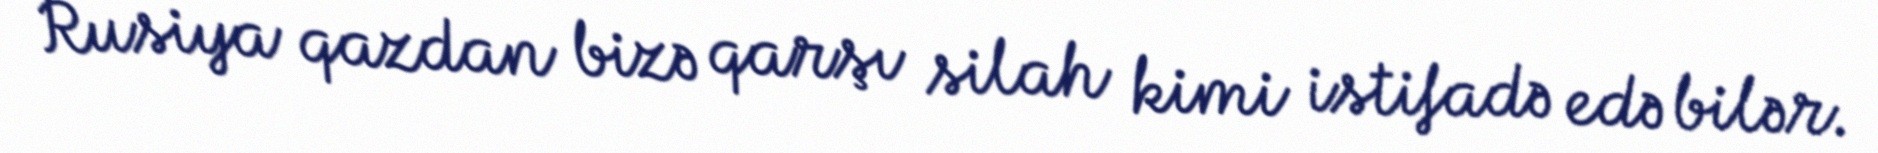
Rusiya qazdan bizə qarşı silah kimi istifadə edə bilər.